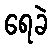
ရေခဲ